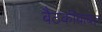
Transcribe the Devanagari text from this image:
बैठकीबाबत